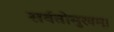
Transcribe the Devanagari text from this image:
सर्वतोमुखम्।